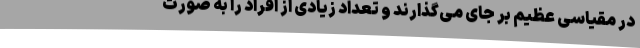
در مقیاسی عظیم بر جای می‌گذارند و تعداد زیادی از افراد را به صورت